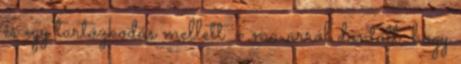
és egy tartózkodás mellett – ma arról döntött, hogy